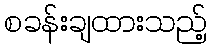
စခန်းချထားသည့်